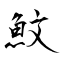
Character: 魰